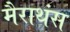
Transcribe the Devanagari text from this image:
मैराथंस